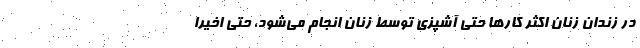
در زندان زنان اکثر کارها حتی آشپزی توسط زنان انجام می‌شود، حتی اخیرا